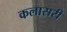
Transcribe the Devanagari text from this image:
कलासरी